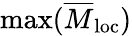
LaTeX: \operatorname*{max}(\overline{{M}}_{\mathrm{loc}})